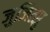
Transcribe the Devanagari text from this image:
जुजित्सु